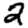
Digit: 2